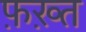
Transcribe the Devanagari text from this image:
फ़ख़्त